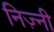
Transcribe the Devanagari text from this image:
निज़्नी